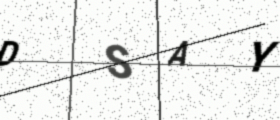
Text: DSAY